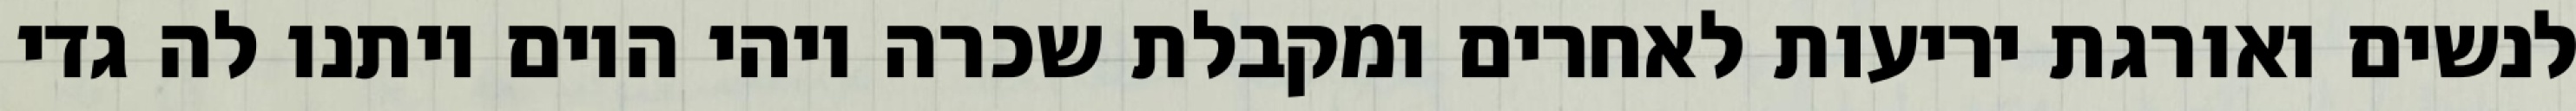
לנשים ואורגת יריעות לאחרים ומקבלת שכרה ויהי היום ויתנו לה גדי